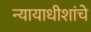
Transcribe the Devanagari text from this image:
न्यायाधीशांचे